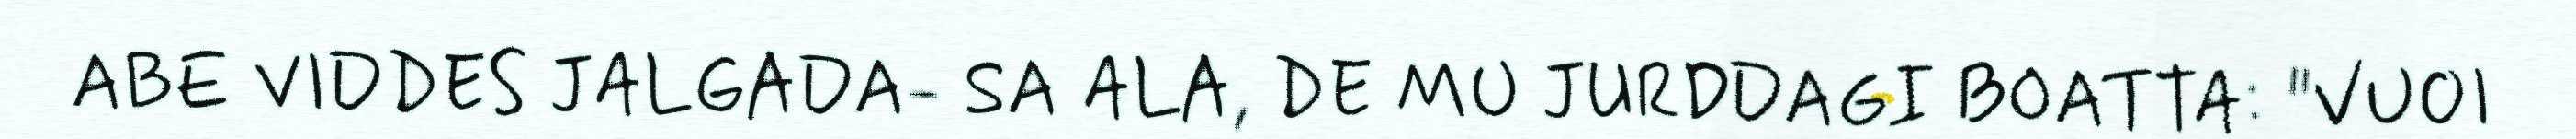
ABE VIDDES JALGADA- SA ALA, DE MU JURDDAGI BOATTA: "VUOI